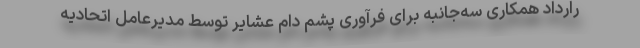
رارداد همکاری سه‌جانبه برای فرآوری پشم دام عشایر توسط مدیرعامل اتحادیه